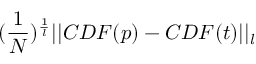
( \frac { 1 } { N } ) ^ { \frac { 1 } { l } } | | C D F ( p ) - C D F ( t ) | | _ { l }